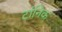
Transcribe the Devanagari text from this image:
टांनिक